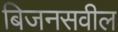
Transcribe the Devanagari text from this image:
बिजनसवील